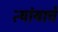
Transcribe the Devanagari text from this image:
त्यांयाचे